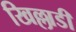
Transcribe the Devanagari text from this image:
खिल्लाडी